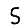
Digit: 5